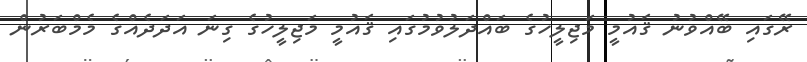
ރޭގައި ބޭއްވުނު ޤައުމީ މަޖިލީހުގެ ބައްދަލުވުމުގައި ޤައުމީ މަޖިލީހުގެ ގިނަ އަދަދެއްގެ މެމްބަރުން